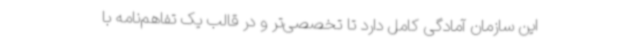
این سازمان آمادگی کامل دارد تا تخصصی‌تر و در قالب یک تفاهم‌نامه با